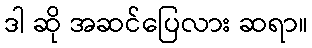
ဒါ ဆို အဆင်ပြေလား ဆရာ။